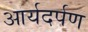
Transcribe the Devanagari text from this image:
आर्यदर्पण